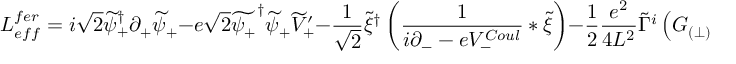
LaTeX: { \cal L } _ { e f f } ^ { f e r } = i \sqrt { 2 } \widetilde \psi _ { + } ^ { \dagger } \partial _ { + } \widetilde \psi _ { + } - e \sqrt { 2 } \widetilde { \psi _ { + } } ^ { \dagger } \widetilde { \psi } _ { + } \widetilde { V } _ { + } ^ { \prime } - \frac { 1 } { \sqrt { 2 } } \widetilde \xi ^ { \dagger } \left( \frac { 1 } { i \partial _ { - } - e V _ { - } ^ { C o u l } } \ast \widetilde \xi \right) - \frac 1 2 \frac { e ^ { 2 } } { 4 L ^ { 2 } } \widetilde \Gamma ^ { i } \left( { \cal G } _ { ( \perp ) } [ \widetilde { \cal M } _ { C o u l } ^ { 2 } ] \ast \widetilde \Gamma ^ { i } \right) \ ,